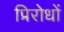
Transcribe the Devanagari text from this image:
प्रिरोधों